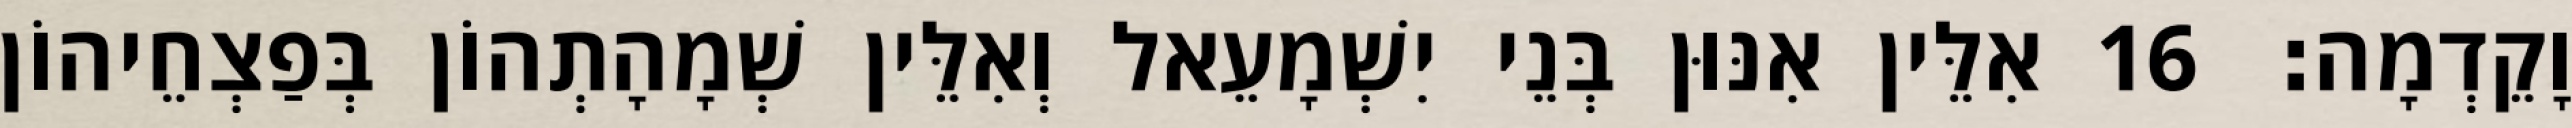
וָקֵדְמָה׃ 16 אִלֵּין אִנּוּן בְּנֵי יִשְׁמָעֵאל וְאִלֵּין שְׁמָהָתְהוֹן בְּפַצְחֵיהוֹן